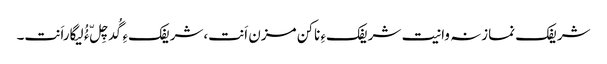
شریفک نمازنہ وانیت شریفکءِ ناکن مزن اَنت،شریفکءِ گُدچِلّ ءُُ لیگاراَنت۔